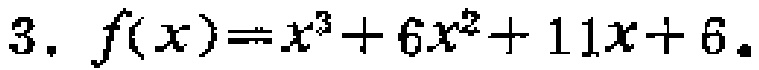
$3.\ f(x)=x^{3}+6x^{2}+11x + 6.$